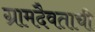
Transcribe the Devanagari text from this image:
ग्रामदैवताची